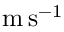
\mathrm { m } \, \mathrm { s } ^ { - 1 }